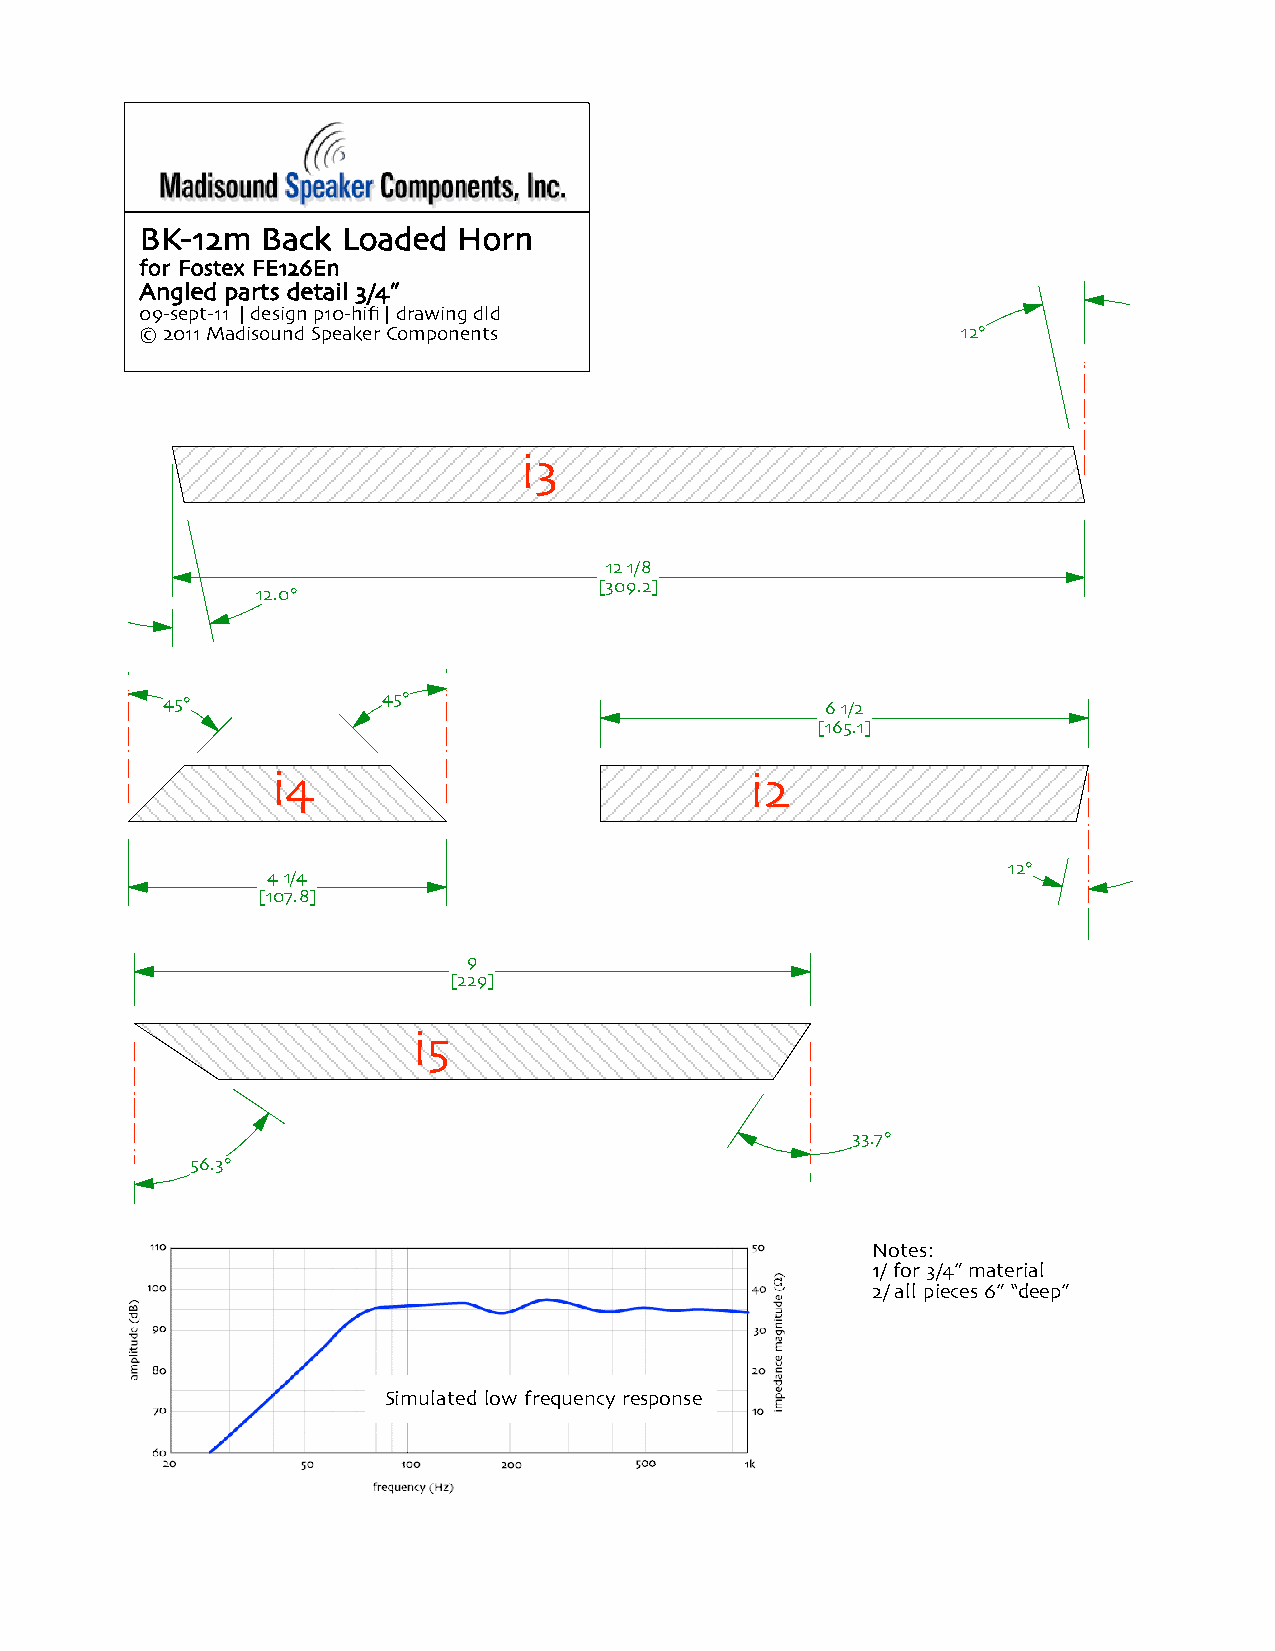
BK-12m  Back  Loaded Horn
 for Fostex FE126En
 Angled parts detail 3/4”
 09-sept-11 | design p10-hifi | drawing dld
 © 2011 Madisound Speaker Components                    12°
 i3
 12 1/8
 [309.2]
 12.0°
 45°           45°                           6 1/2
 [165.1]
 i4                              i2
 12°
 4 1/4
 [107.8]
 9
 [229]
 i5
 33.7°
 56.3°
 Notes:
 1/ for 3/4” material
 2/ all pieces 6” “deep”
 Simulated low frequency response